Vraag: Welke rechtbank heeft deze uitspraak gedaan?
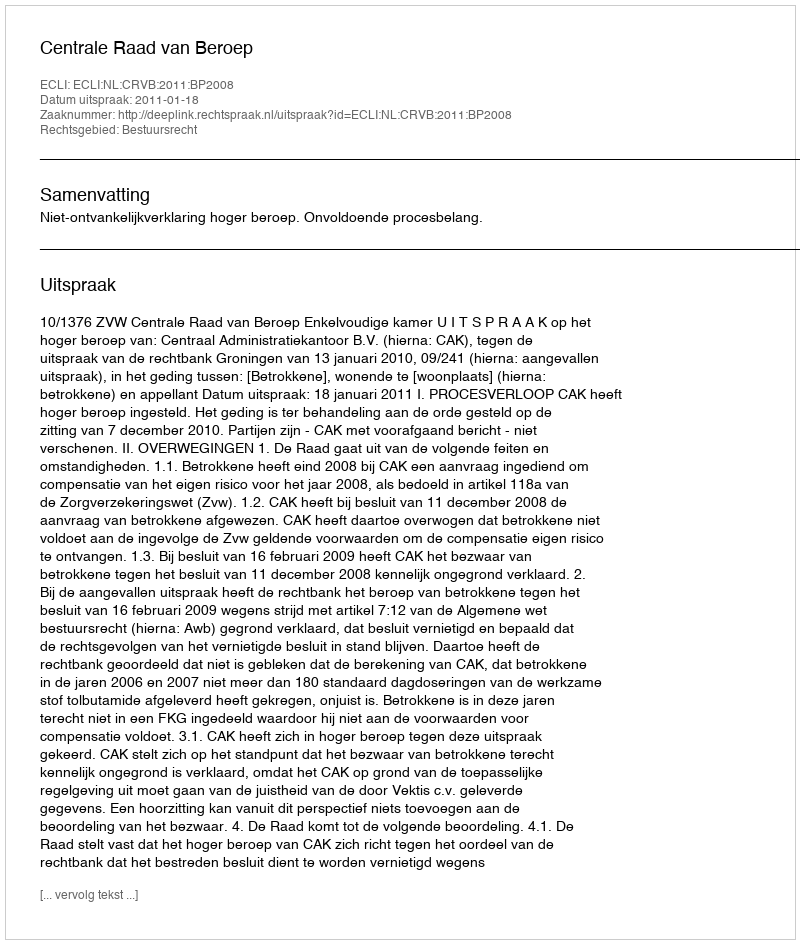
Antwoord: Centrale Raad van Beroep